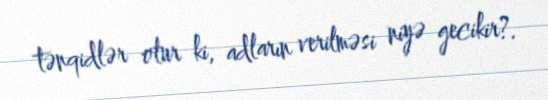
tənqidlər olur ki, adların verilməsi niyə gecikir?.